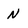
Character: n